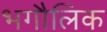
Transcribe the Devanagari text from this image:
भगौलिक